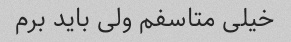
خیلی متاسفم ولی باید برم